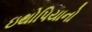
ઇથોપિયાનો